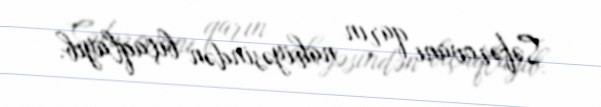
Səfərovanı qarın nahiyəsindən bıçaqlayıb.